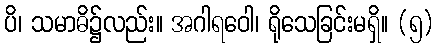
ပိ၊ သမာဓိ၌လည်း။ အဂါရဝေါ၊ ရိုသေခြင်းမရှိ။ (၅)